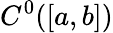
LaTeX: C^{0}([a,b])